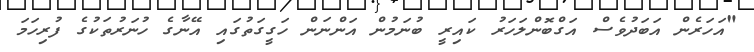
"އަހަރެން އަބަދުވެސް އަގްބޮންލަހަރު ކައިރީ ބުނަމުން އަންނަން ހަގީގަތުގައި އޭނާގެ ހުނަރުތަކުގެ ފުރިހަމަ